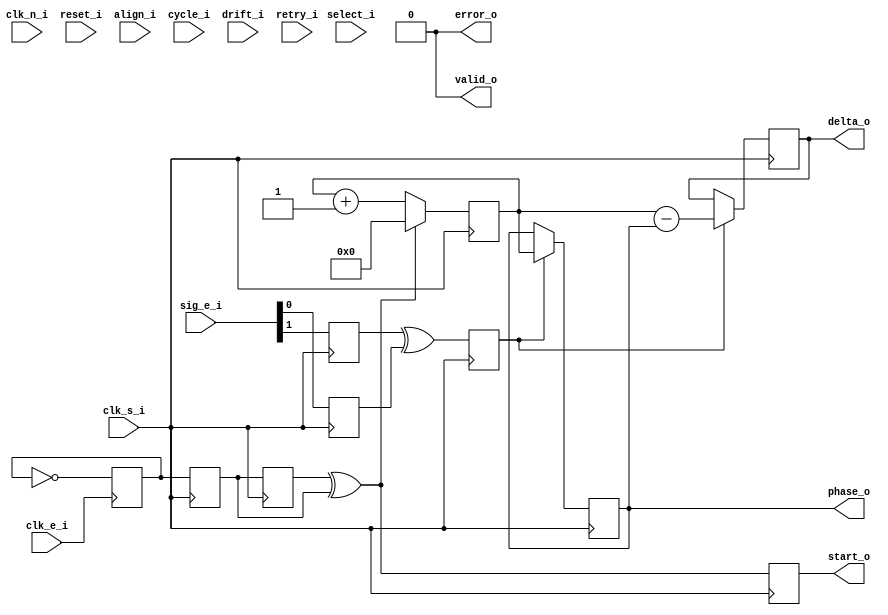
module signal_phase
  #(//  Clock ratio settings:
    parameter RATIO = 12,       // clock (sampling:data) ratio
    parameter RBITS = 4,        // bit-width of down-sampling counter
    parameter RSB   = RBITS-1,  // MSB of counter
    parameter RMAX  = RATIO-1,  // max clock-counter value
    parameter RZERO = {RBITS{1'b0}},
    parameter HALF  = RMAX>>1,  // the floor of half the count
    parameter HSB   = HALF-1,   // MSB of a half-cycle counter

    //  Signal-source settings:
    parameter WIDTH = 24,       // number of input signal-sources
    parameter MSB   = WIDTH-1,  // MSB of signal sources
    parameter SBITS = 5,        // input signal-width
    parameter SSB   = SBITS-1,  // MSB of signals

    //  Signal MUX bit-widths:
    parameter TOTAL = 1<<SBITS, // total MUX width
    parameter TSB   = TOTAL-1,  // MSB of MUX width
    parameter QBITS = SBITS-2,  // select bits for the second-stage MUX
    parameter QSB   = QBITS-1,  // MSB of second-stage selector
    parameter MUX2  = 1<<QBITS, // second-stage MUX width
    parameter JSB   = MUX2-1,   // MSB of second-stage MUX input

    //  Signal-locking settings:
    parameter COUNT = 3,        // number of samples for a lock
    parameter CBITS = 2,        // counter bit-width
    parameter CSB   = CBITS-1,  // MSB of counter

    //  Additional features:
    parameter RESET = 1,        // TODO: fast-resets (0/1)?
    parameter DRIFT = 1,        // TODO: incremental changes to phase (0/1)?
    parameter CYCLE = 1,        // TODO: auto-strobe when disabled?

    //  Simulation-only parameters:
    parameter NOISY = 0,        // display extra debug info (0/1)?
    parameter DELAY = 3)        // simulated combinational delay (ns)
   (
    input            clk_s_i, // half-rate (sampling) clock input
    input            clk_n_i, // inverted, half-rate (sampling) clock input
    input            reset_i, // (sample domain) reset

    input            clk_e_i, // must have the same frequency as signal
    input [MSB:0]    sig_e_i, // raw signal requiring clock-recovery

    input            align_i, // (sample domain) core enable
    input [SSB:0]    select_i,
    input            cycle_i, // strobe every 'TRATE' ticks?
    input            drift_i, // not useful for statistics
    output           start_o, // strobes for each new sample
    output [RSB:0]   phase_o, // recovered phase
    output [RBITS:0] delta_o, // the computed error
    output           valid_o, // signal locked
    output           error_o, // lock lost
    input            retry_i  // acknowledge any invalid data
    );


   reg               valid = 1'b0, error = 1'b0;
   wire              pos_w, neg_w, sig_w;


   //-------------------------------------------------------------------------
   //  Assignments to outputs.
   //-------------------------------------------------------------------------
   assign start_o  = stb_p;
   assign phase_o  = phase;
   assign delta_o  = delta;

   assign valid_o  = valid;     // TODO:
   assign error_o  = error;


   //-------------------------------------------------------------------------
   //
   //  ESTABLISH A REFERENCE SIGNAL.
   //
   //-------------------------------------------------------------------------
   //  Capture & oversample a reference signal, and from the external clock
   //  domain.
   reg               pos_e = 1'b0, neg_e = 1'b0, xedge = 1'b0;

   //  Reference-signal synchronisers.
   (* NOMERGE = "TRUE" *)
   reg               pos_s, pos_x, stb_p, neg_s, neg_x, stb_n;

   //  Input-signal synchronisers.
   (* NOMERGE = "TRUE" *)
   reg               sig_s, sig_x;


   //-------------------------------------------------------------------------
   //  Detect the positive and negative edges of the signal-clock.
   //-------------------------------------------------------------------------
   assign pos_w = pos_x ^ pos_s;
   assign neg_w = neg_x ^ neg_s;
   assign sig_w = sig_x ^ sig_s;


   //-------------------------------------------------------------------------
   //  Toggle a register at the external-clock rate, to simulate a signal to
   //  use as a reference for clock-recovery.
   //-------------------------------------------------------------------------
   always @(posedge clk_e_i)
     pos_e <= #DELAY ~pos_e;

   always @(negedge clk_e_i)
     neg_e <= #DELAY ~neg_e;

   //-------------------------------------------------------------------------
   //  Synchronise the input signal.
   always @(posedge clk_s_i)
     {sig_x, sig_s} <= #DELAY {sig_s, sig_e_i};

   //  And synchronise the reference signal.
   always @(posedge clk_s_i) begin
      {pos_x, pos_s} <= #DELAY {pos_s, pos_e};
      {neg_x, neg_s} <= #DELAY {neg_s, neg_e};
   end

   //-------------------------------------------------------------------------
   //  Strobe at each new edge.
   always @(posedge clk_s_i) begin
      stb_p <= #DELAY pos_w;
      stb_n <= #DELAY neg_w;
      xedge <= #DELAY sig_w;
   end



   //-------------------------------------------------------------------------
   //
   //  SELECT THE SOURCE SIGNAL.
   //
   //-------------------------------------------------------------------------
   wire [TSB:0]    signal_w;
   reg             signal;
   reg [JSB:0]     stage2;
   reg [QSB:0]     select;
   reg [1:0]       enable;


   assign signal_w = {{TOTAL-WIDTH{1'bx}}, sig_e_i};


   //-------------------------------------------------------------------------
   //  Select the signal source.
   //-------------------------------------------------------------------------
   //  Uses a two-stage MUX.
   always @(posedge clk_s_i)
     begin
        //  align-enable signal delays:
        enable <= #DELAY {enable[0], align_i};

        //  first-stage signal MUX:
        stage2 <= #DELAY signal_w >> {select_i[SSB:QBITS], {QBITS{1'b0}}};
        select <= #DELAY select_i[QSB:0];

        //  second-stage signal MUX:
        signal <= #DELAY stage2[select];
     end


   //-------------------------------------------------------------------------
   //
   //  COMPUTE THE RELATIVE PHASES.
   //
   //-------------------------------------------------------------------------
   wire [RBITS:0] cnext = cycle + 1;
   wire           cwrap = cycle == RMAX;
   reg [RSB:0]    cycle = RZERO, phase = RZERO;
   reg [RBITS:0]  delta;


   //-------------------------------------------------------------------------
   //  Count the cycles/periods since the signal-clock positive-edge.
   //-------------------------------------------------------------------------
   //  NOTE: This is used to compute the relative phases, of the signal-clock
   //    vs the clock of the input-signal.
   always @(posedge clk_s_i)
     if (pos_w)
       cycle <= #DELAY RZERO;
     else
       cycle <= #DELAY cnext[RSB:0];

   //-------------------------------------------------------------------------
   //  At each input-signal edge-event, latch the relative phase-value.
   always @(posedge clk_s_i)
     if (xedge) begin
        phase <= #DELAY cycle;
        delta <= #DELAY cycle - phase;
     end



endmodule